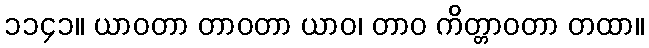
၁၁၄၁။ ယာဝတာ တာဝတာ ယာဝ၊ တာဝ ကိတ္တာဝတာ တထာ။